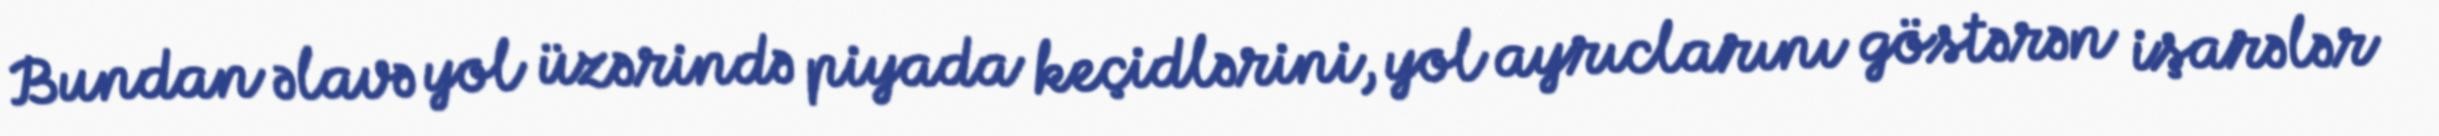
Bundan əlavə yol üzərində piyada keçidlərini, yol ayrıclarını göstərən işarələr